65_HS1-834228961_62-HQ-83894_Serial_130
Agency: FBI
Page 95
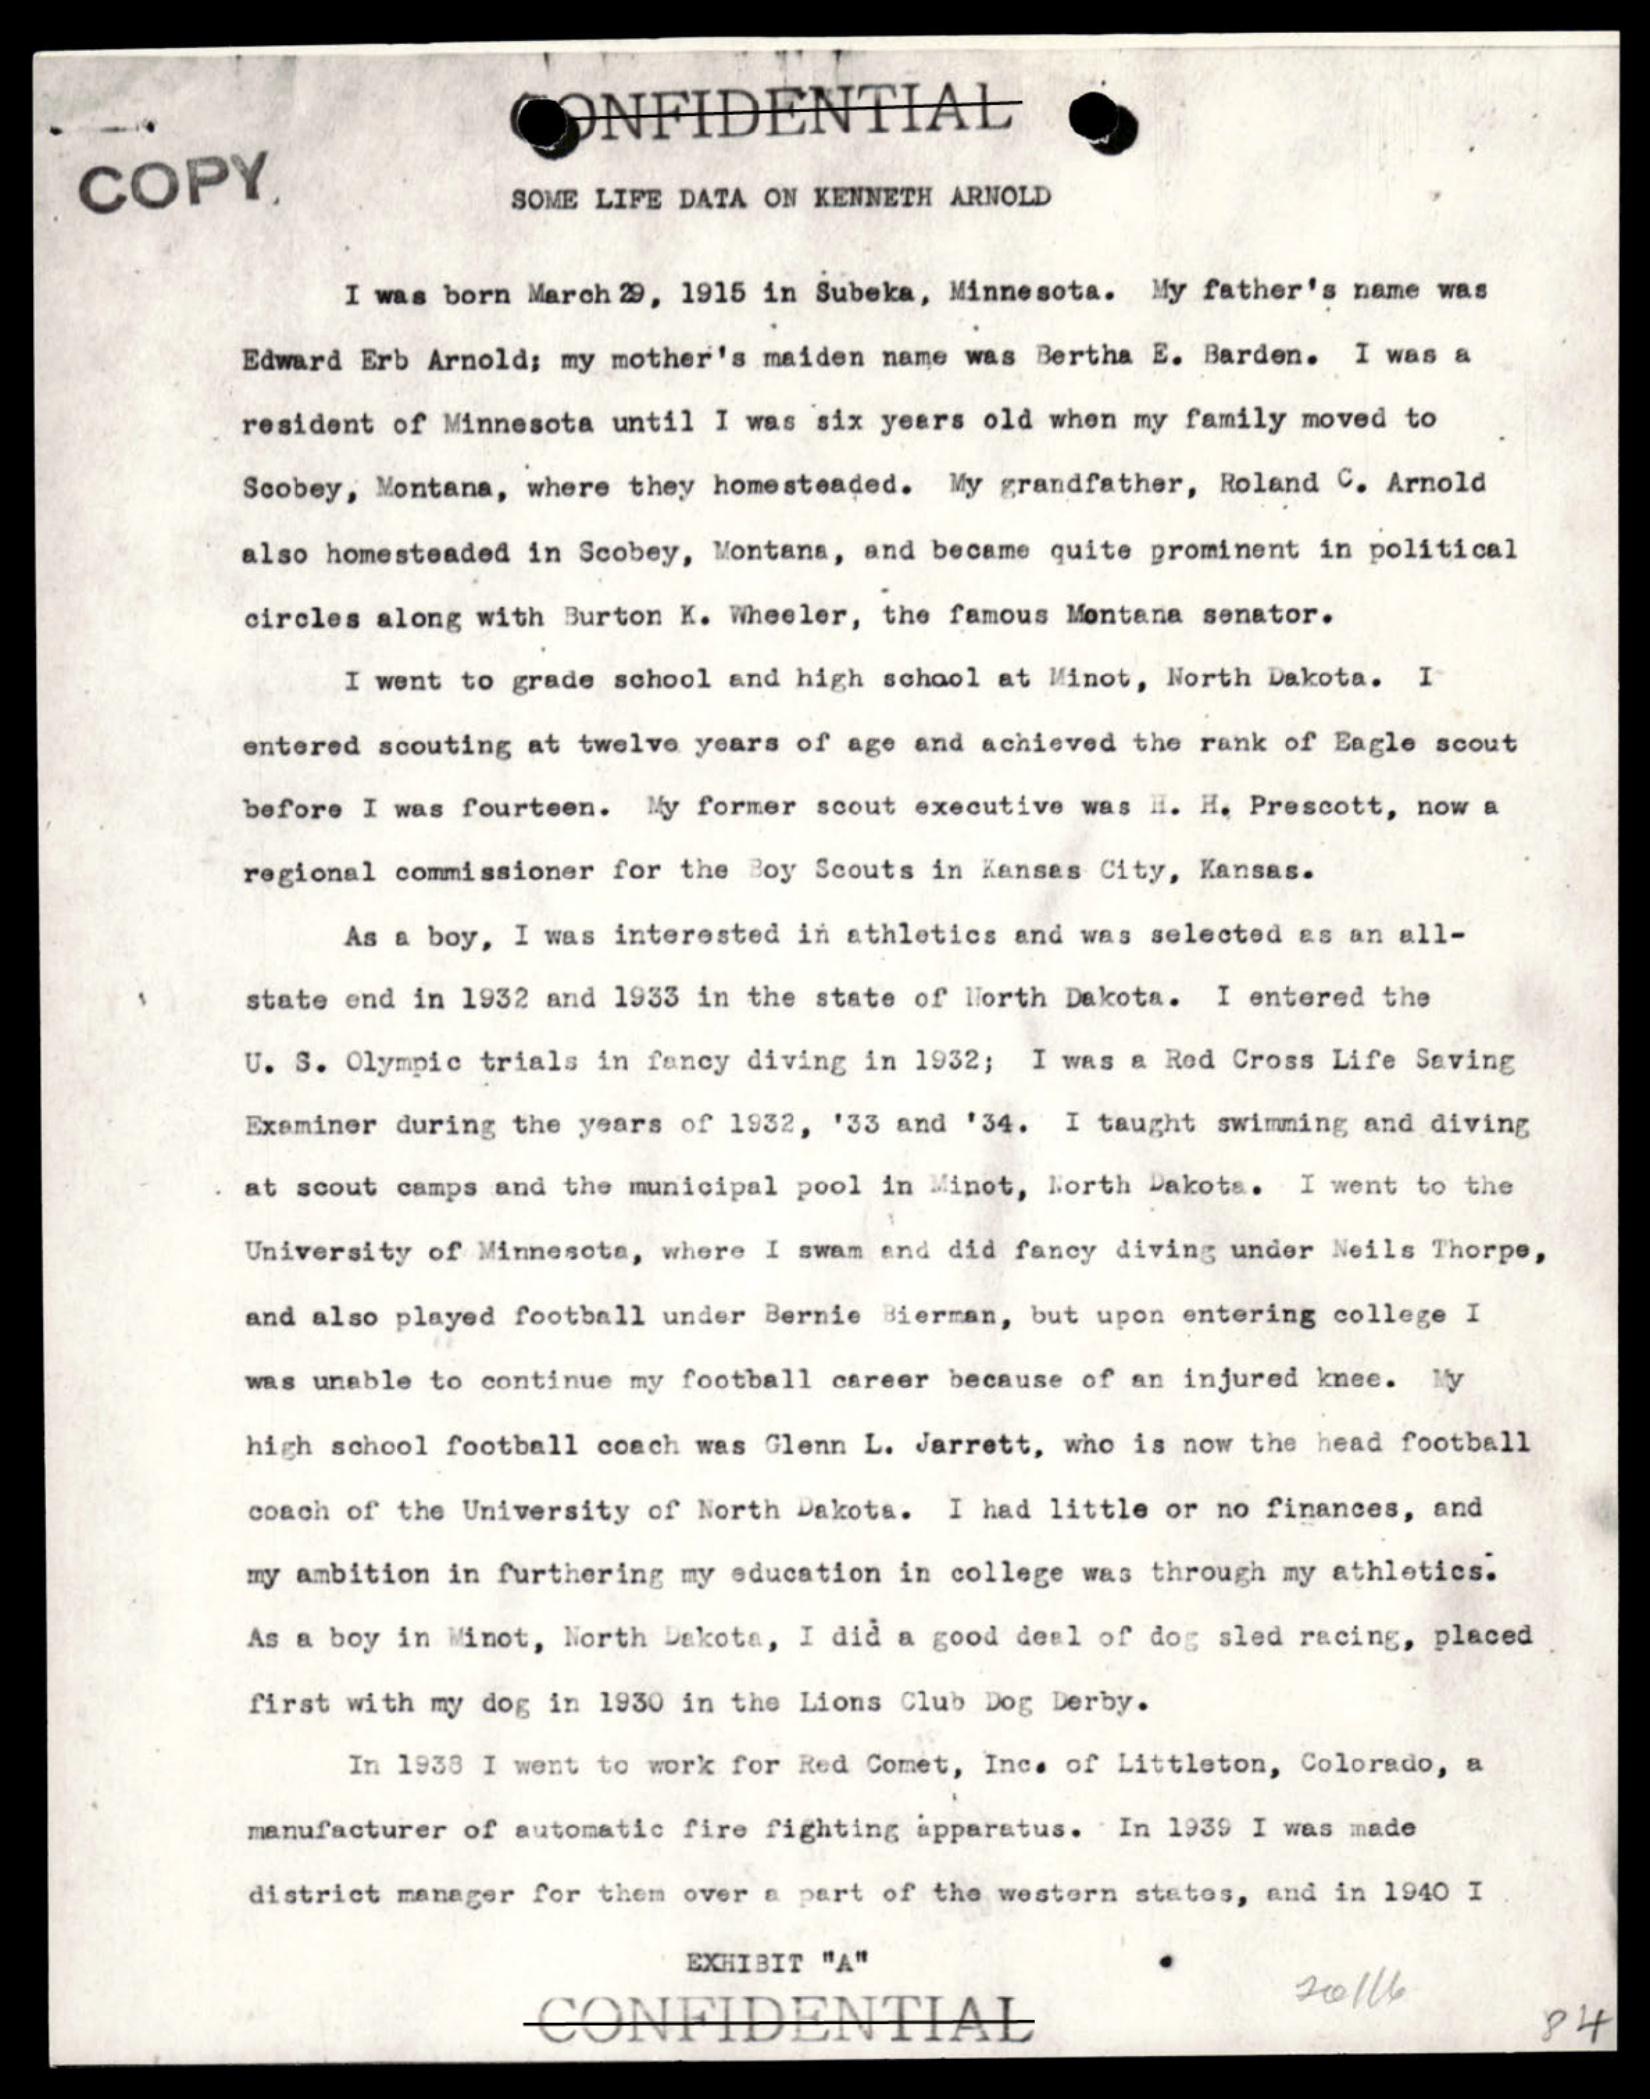